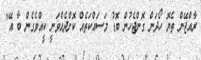
ރާއްޖޭން ތެޔޮ ހޯދަން ގޮންޖެހުން ބޮޑު މަސައްކަތެއް ކޮށްދެއްވަނީ ކީއްވެގެން ބާ އޭ"